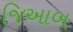
જિઆબ